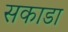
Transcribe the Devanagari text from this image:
सकाडा